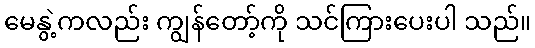
မေနွဲ့ကလည်း ကျွန်တော့်ကို သင်ကြားပေးပါ သည်။